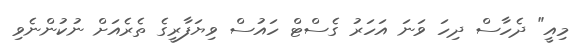
މިއީ" ދެހާސް ދިހަ ވަނަ އަހަރު ގެސްޓް ހައުސް ވިޔަފާރީގެ ތެރެއަށް ނުކުންނެވި